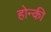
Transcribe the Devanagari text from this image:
होन्की